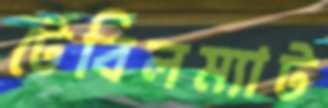
টেবিলম্যাট